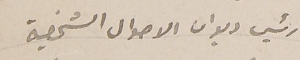
رئيس ديوان الاحوال الشخصية